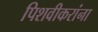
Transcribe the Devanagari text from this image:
पिशवीकरांना